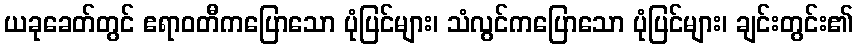
ယခုခေတ်တွင် ဧရာဝတီကပြောသော ပုံပြင်များ၊ သံလွင်ကပြောသော ပုံပြင်များ၊ ချင်းတွင်း၏